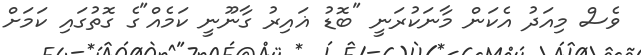
ވެސް މިއަދު އެކަން މާނަކުރަނީ "ބޮޑު ޣައިރު ގާނޫނީ ކަމެއް"ގެ ގޮތުގައި ކަމަށް